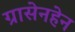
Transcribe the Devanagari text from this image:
ग्रासेनहेन